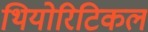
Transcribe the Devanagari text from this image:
थियोरिटिकल